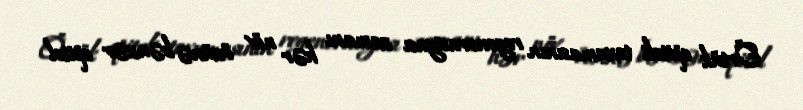
Örtük epiteli toxumasının regenerasiyası zamanı hər növ özünə bənzər epitel